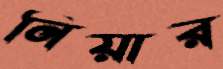
নিয়ার